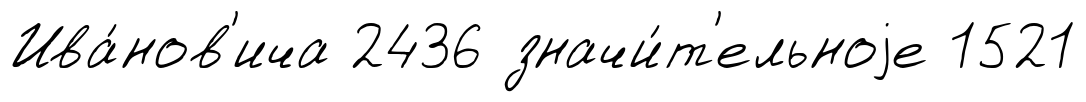
Ива́нов'ича 2436 значи́т'ельноjе 1521